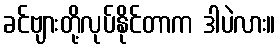
ခင်ဗျားတို့လုပ်နိုင်တာက ဒါပဲလား။